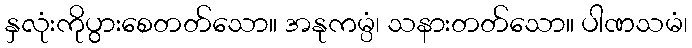
နှလုံးကိုပွားစေတတ်သော။ အနုကမ္ပံ၊ သနားတတ်သော။ ပါဏသမံ၊